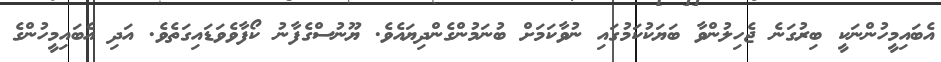
އެބައިމީހުންނަކީ ބިރުގަނެ ޖެހިލުންވާ ބަޔަކުކަމުގައި ނުވާކަމަށް ބުނަމުންގެންދިޔައެވެ. ޔޫނުސްގެފާނު ކޯފާވެވަޑައިގަތެވެ. އަދި އެބައިމީހުންގެ